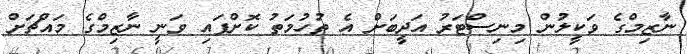
ނާޒިމްގެ ވަކީލުން މިނިސްޓަރު އަދީބަށް އެ ތުހުމަތު ކޮށްފައި ވަނީ ނާޒިމްގެ މައްޗަށް